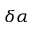
\delta \alpha